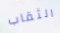
الثقاب